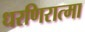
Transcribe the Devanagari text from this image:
धरणिरात्मा